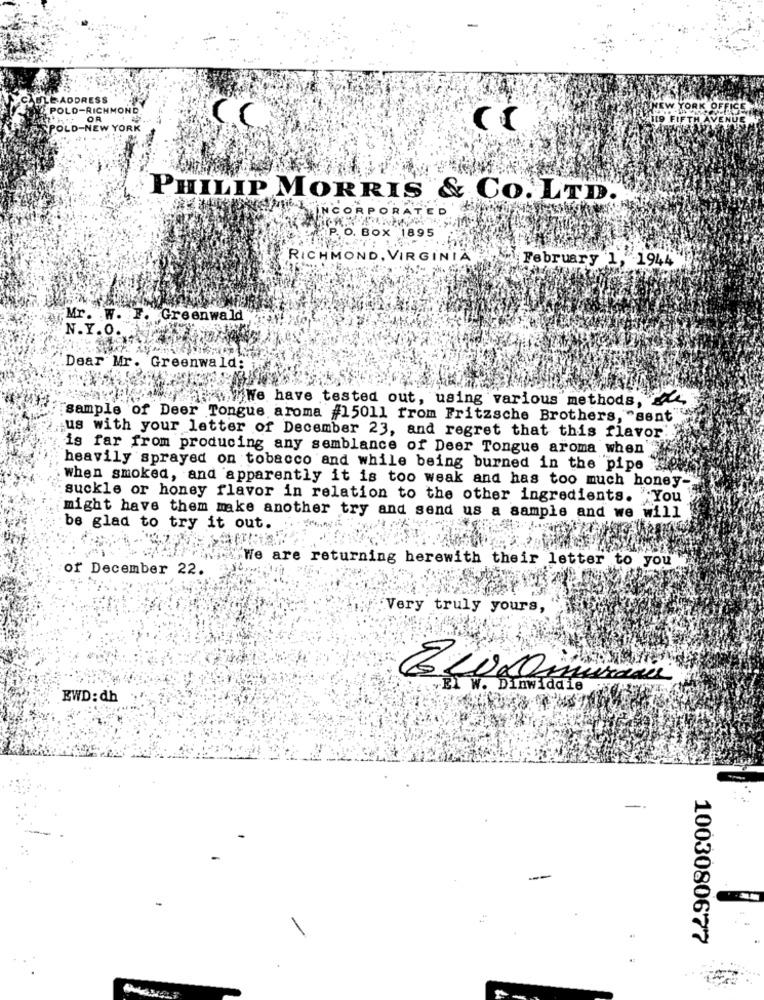
LE ADDRESS
POLD-RICHMOND
OR
CC
POLD-NEW YORK
PHILIP MORRIS & CO. LTD.
INCORPORATED
P. O. BOX 1895
RICHMOND, VIRGINIA
February 1, 1944
Mr. W. F. Greenwald
N.Y.O.
Dear Mr. Greenwald:
We have tested out, using various methods,"
sample of Deer Tongue aroma #15011 from Fritzsche Brothers, "sent
us with your letter of December 23, and regret that this flavor!
is far from producing any semblance of Deer Tongue aroma when"
heavily sprayed on tobacco and while being burned in the pipe
when smoked, and apparently it is too weak and has too much honey-
suckle or honey flavor in relation to the other ingredients. ""You
might have them make another try and send us a sample and we will
be glad to try it out.
We are returning herewith their letter to you
of December 22.
Very truly yours,
InwIdale
EWD: dh
-
-
1003080677